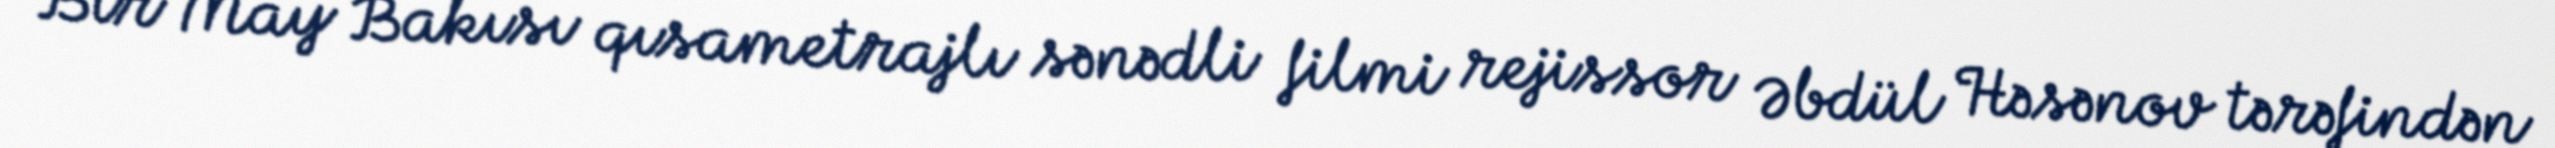
Bir May Bakısı qısametrajlı sənədli filmi rejissor Əbdül Həsənov tərəfindən